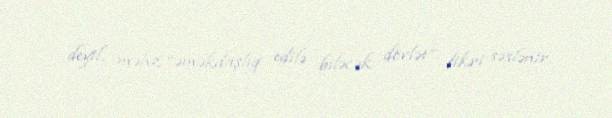
deyil, məhz “əməkdaşlıq edilə biləcək dövlət” fikri səslənir.